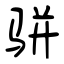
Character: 骈